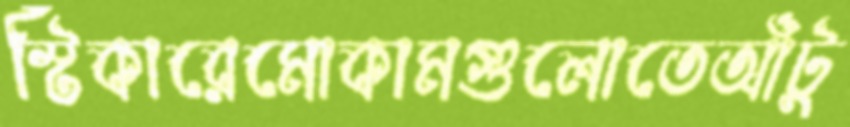
স্টিকারেমোকামগুলোতেআঁটু